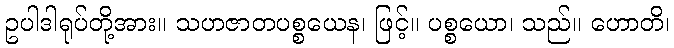
ဥပါဒါရုပ်တို့အား။ သဟဇာတပစ္စယေန၊ ဖြင့်။ ပစ္စယော၊ သည်။ ဟောတိ၊